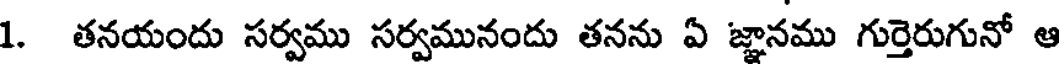
1. తనయందు సర్వము సర్వమునందు తనను ఏ జ్ఞానము గుర్తెరుగునో ఆ